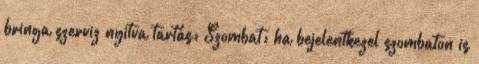
bringa szerviz nyitva tartás: Szombat: ha bejelentkezel szombaton is